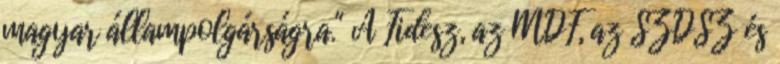
magyar állampolgárságra." A Fidesz, az MDF, az SZDSZ és